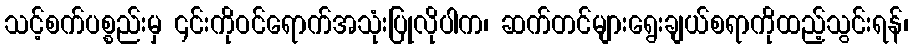
သင့်စက်ပစ္စည်းမှ ၎င်းကိုဝင်ရောက်အသုံးပြုလိုပါက၊ ဆက်တင်များရွေးချယ်စရာကိုထည့်သွင်းရန်၊